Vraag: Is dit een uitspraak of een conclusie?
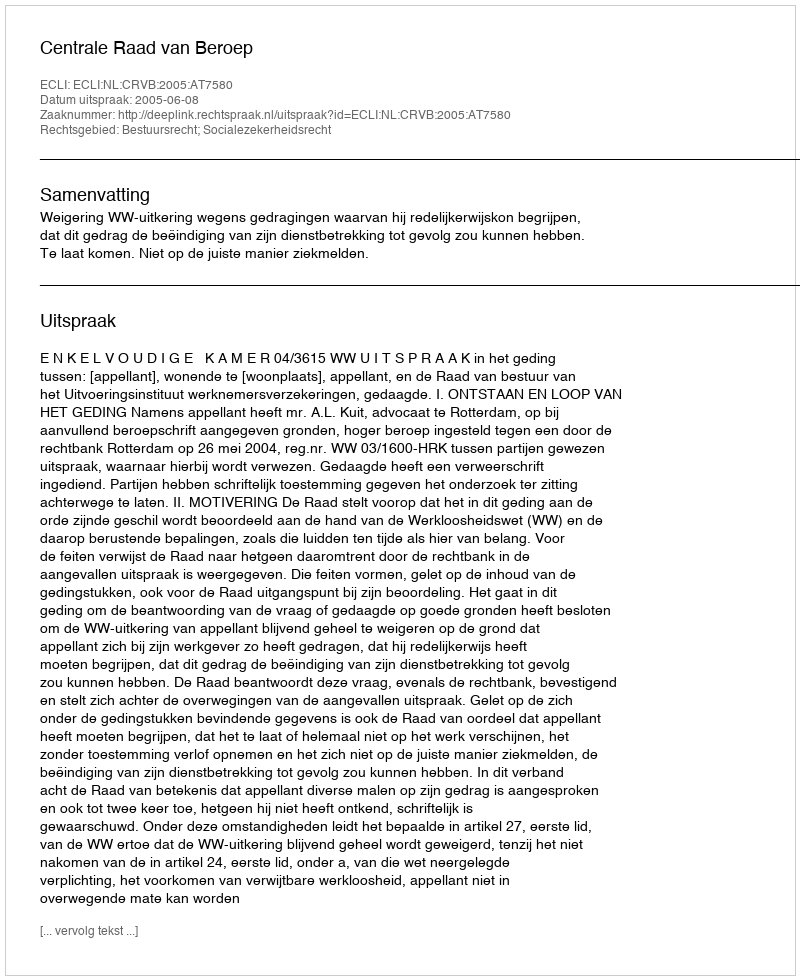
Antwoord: Uitspraak